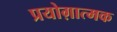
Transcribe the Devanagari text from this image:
प्रयोग़ात्मक